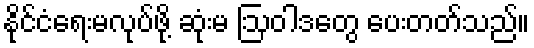
နိုင်ငံရေးမလုပ်ဖို့ ဆုံးမ ဩဝါဒတွေ ပေးတတ်သည်။